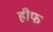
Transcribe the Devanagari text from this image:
हीफ